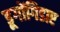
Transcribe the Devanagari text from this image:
डूगोंगिडाए